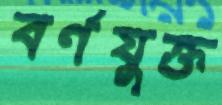
বর্ণযুক্ত